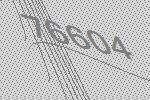
76604